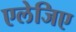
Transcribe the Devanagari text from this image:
एलेजिए